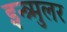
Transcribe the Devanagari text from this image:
इन्त्र्मुलर